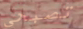
تصبحي